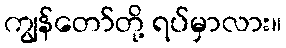
ကျွန်တော်တို့ ရပ်မှာလား။